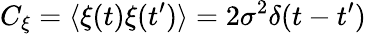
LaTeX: C_{\xi}=\langle\xi(t)\xi(t^{\prime})\rangle=2\sigma^{2}\delta(t-t^{\prime})